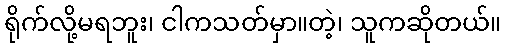
ရိုက်လို့မရဘူး၊ ငါကသတ်မှာ။တဲ့၊ သူကဆိုတယ်။